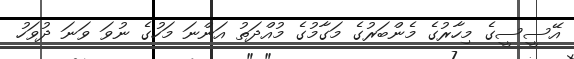
އޭސީސީގެ މިހާރުގެ މެންބަރުގެ މަގާމުގެ މުއްދަތު އަންނަ މަހުގެ ނުވަ ވަނަ ދުވަހު